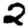
Digit: 2